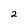
Character: 2